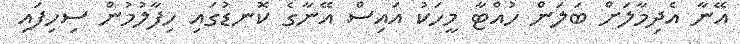
އޭނާ އެދިމާލަށް ބަަލަން ހުއްޓާ މީހަކު އައިސް އޭނާގެ ކޮނޑުގައި ހިފާލުމުން ސިހިފައި